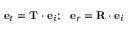
{ \bf e } _ { t } = { \bf T } \cdot { \bf e } _ { i } ; ~ ~ { \bf e } _ { r } = { \bf R } \cdot { \bf e } _ { i }